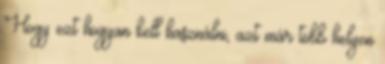
Hogy ezt hogyan kell használni, azt már több helyen